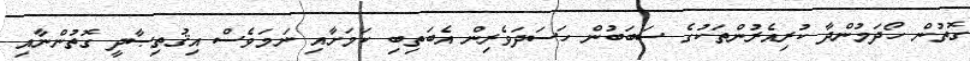
ގޮތުން ހޯދަމުންދާ ކުރިއެރުންތަކުގެ ސަބަބުން ހަސަދަވެރިން އެބަތިބި ކަމަށާއި ނަމަވެސް އިޤުތިޞާދީ ގޮތުންނާއި